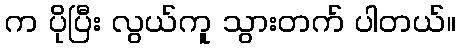
က ပိုပြီး လွယ်ကူ သွားတက် ပါတယ်။